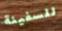
للسفينة